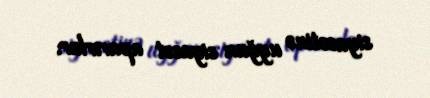
siyasətinə uyğun siyasət aparırlar.